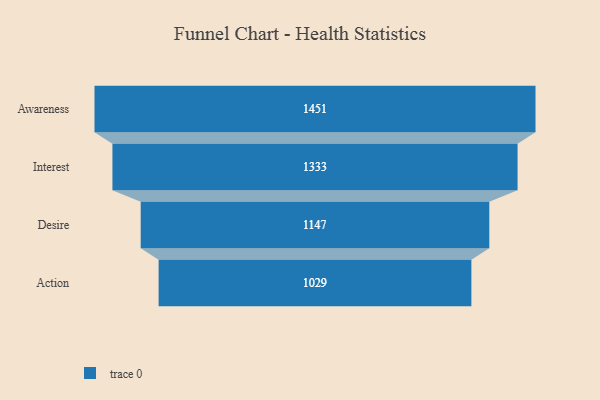
{"axis": {"x": "Stage", "y": "Value"}, "legend": [""], "data": [{"x": "Awareness", "y": 1451.0, "type": ""}, {"x": "Interest", "y": 1333.0, "type": ""}, {"x": "Desire", "y": 1147.0, "type": ""}, {"x": "Action", "y": 1029.0, "type": ""}]}